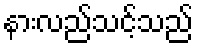
နားလည်သင့်သည်